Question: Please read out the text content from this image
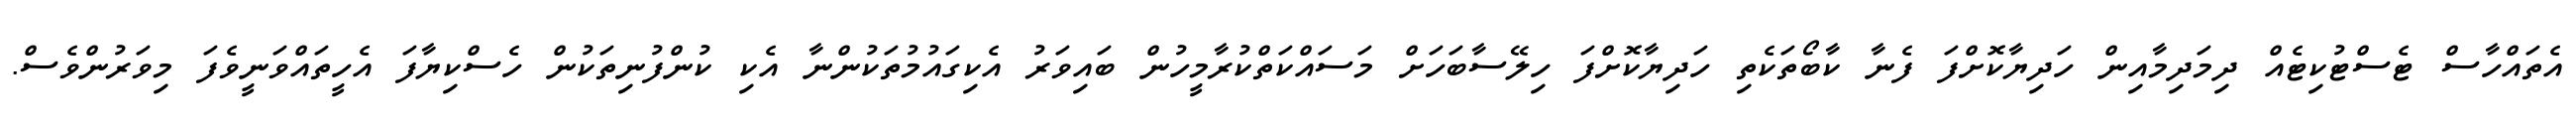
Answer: އެތައްހާސް ޓެސްޓުކިޓެއް ދިމަދިމާއިން ހަދިޔާކޮށްފަ ފެނާ ކާބޯތަކެތި ހަދިޔާކޮށްފަ ހިލޭސާބަހަށް މަސައްކަތްކުރާމީހުން ބައިވަރު އެކިގައުމުތަކުންނާ އެކި ކުންފުނިތަކުން ހެސްކިޔާފަ އެހީތައްވަނީވެފަ މިވަރުންވެސް.